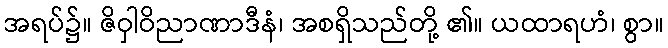
အရပ်၌။ ဇိဝှါဝိညာဏာဒီနံ၊ အစရှိသည်တို့ ၏။ ယထာရဟံ၊ စွာ။